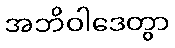
အဘိဝါဒေတွာ